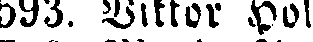
593. Viktor Hol